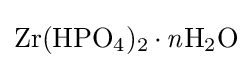
{\mathrm {Zr} (\mathrm {HPO} {\vphantom {A}}_{\smash[{t}]{4}}){\vphantom {A}}_{\smash[{t}]{2}}\,{\cdot }\,{\mathit {n}}\mathrm {H} {\vphantom {A}}_{\smash[{t}]{2}}\mathrm {O} }